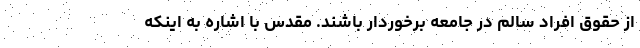
از حقوق افراد سالم در جامعه برخوردار باشند. مقدس با اشاره به اینکه